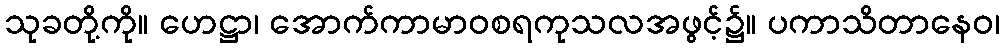
သုခတို့ကို။ ဟေဋ္ဌာ၊ အောက်ကာမာဝစရကုသလအဖွင့်၌။ ပကာသိတာနေဝ၊